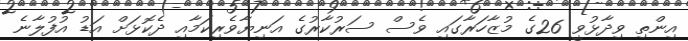
އިންތި ވިދާޅުވީ 26ގެ މުޒާހަރާގައި ވެސް ސަރުކާރުގެ އަނިޔާވެރިކަމާއި ދެކޮޅަށް އަޑު އުފުލާނެ